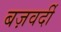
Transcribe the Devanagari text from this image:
बज़वर्दी